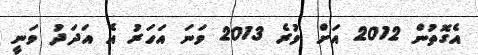
އެގޮތުން 2012 އަށް ވުރެ 2013 ވަނަ އަހަރު އެ އަދަދު ވަނީ